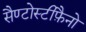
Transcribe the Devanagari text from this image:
सैण्टोस्टीफ़ैनो